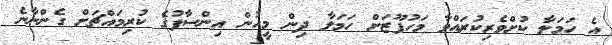
އެ ހަމަލާ ކުށްވެރިކުރައްވާ މަހުފޫޒަށް ހަމަލާ ދިން މީހުން އިންސާފުގެ ކުރިމައްޗަށް ގެންނާނެ